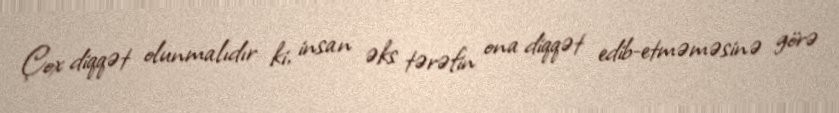
Çox diqqət olunmalıdır ki, insan əks tərəfin ona diqqət edib-etməməsinə görə